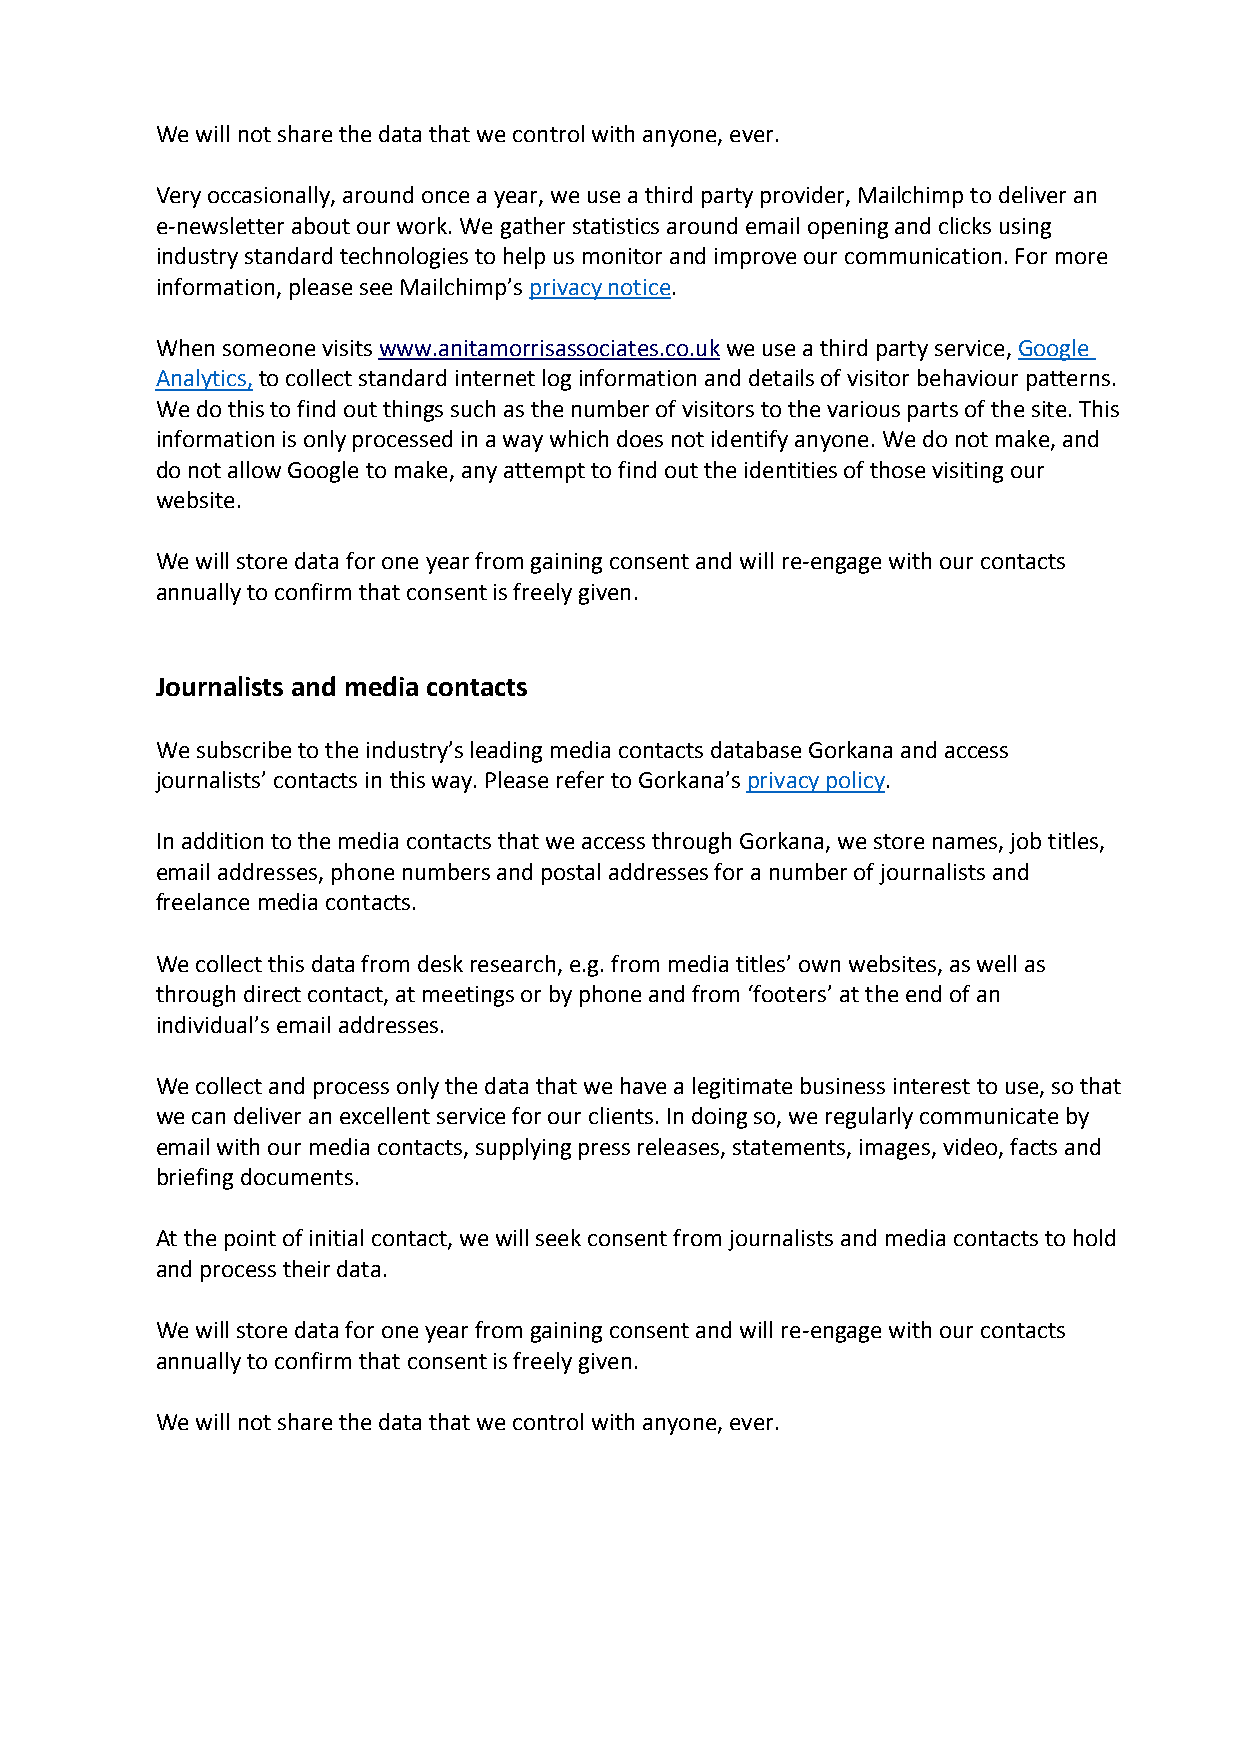
We will not share the data that we control with anyone, ever.
 Very occasionally, around once a year, we use a third party provider, Mailchimp to deliver an
 e-newsletter about our work. We gather statistics around email opening and clicks using
 industry standard technologies to help us monitor and improve our communication. For more
 information, please see Mailchimp’s privacy notice.
 When someone visits www.anitamorrisassociates.co.uk we use a third party service, Google
 Analytics, to collect standard internet log information and details of visitor behaviour patterns.
 We do this to find out things such as the number of visitors to the various parts of the site. This
 information is only processed in a way which does not identify anyone. We do not make, and
 do not allow Google to make, any attempt to find out the identities of those visiting our
 website.
 We will store data for one year from gaining consent and will re-engage with our contacts
 annually to confirm that consent is freely given.
 Journalists and media contacts
 We subscribe to the industry’s leading media contacts database Gorkana and access
 journalists’ contacts in this way. Please refer to Gorkana’s privacy policy.
 In addition to the media contacts that we access through Gorkana, we store names, job titles,
 email addresses, phone numbers and postal addresses for a number of journalists and
 freelance media contacts.
 We collect this data from desk research, e.g. from media titles’ own websites, as well as
 through direct contact, at meetings or by phone and from ‘footers’ at the end of an
 individual’s email addresses.
 We collect and process only the data that we have a legitimate business interest to use, so that
 we can deliver an excellent service for our clients. In doing so, we regularly communicate by
 email with our media contacts, supplying press releases, statements, images, video, facts and
 briefing documents.
 At the point of initial contact, we will seek consent from journalists and media contacts to hold
 and process their data.
 We will store data for one year from gaining consent and will re-engage with our contacts
 annually to confirm that consent is freely given.
 We will not share the data that we control with anyone, ever.